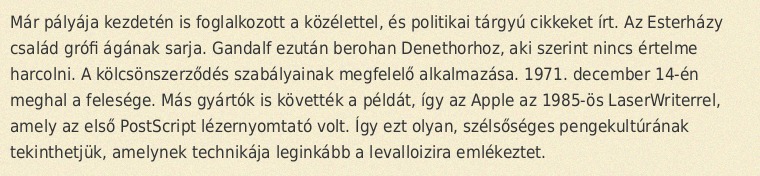
Már pályája kezdetén is foglalkozott a közélettel, és politikai tárgyú cikkeket írt. Az Esterházy család grófi ágának sarja. Gandalf ezután berohan Denethorhoz, aki szerint nincs értelme harcolni. A kölcsönszerződés szabályainak megfelelő alkalmazása. 1971. december 14-én meghal a felesége. Más gyártók is követték a példát, így az Apple az 1985-ös LaserWriterrel, amely az első PostScript lézernyomtató volt. Így ezt olyan, szélsőséges pengekultúrának tekinthetjük, amelynek technikája leginkább a levalloizira emlékeztet.